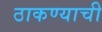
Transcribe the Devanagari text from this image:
ठाकण्याची